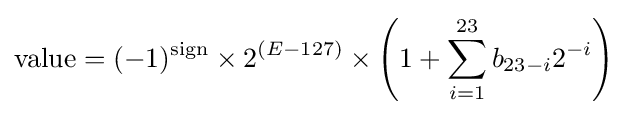
{\text{value}}=(-1)^{\text{sign}}\times 2^{(E-127)}\times \left(1+\sum _{i=1}^{23}b_{23-i}2^{-i}\right)